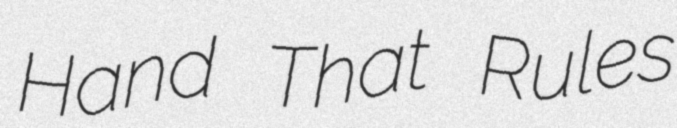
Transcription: Hand That Rules